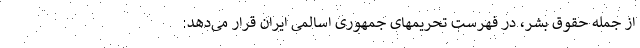
از جمله حقوق بشر، در فهرست تحریمهای جمهوری اسالمی ایران قرار می‌دهد: